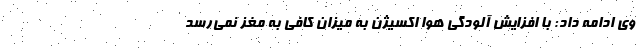
وی ادامه داد: با افزایش آلودگی هوا اکسیژن به میزان کافی به مغز نمی‌رسد